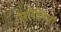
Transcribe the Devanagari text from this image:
रंगरेलियों